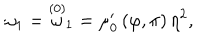
\omega _ { 1 } = \stackrel { ( 0 ) } { \omega } _ { 1 } = \mu _ { 0 } ^ { \prime } \left( \varphi , \pi \right) \eta ^ { 2 } ,